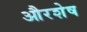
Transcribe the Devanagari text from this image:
औरशेष